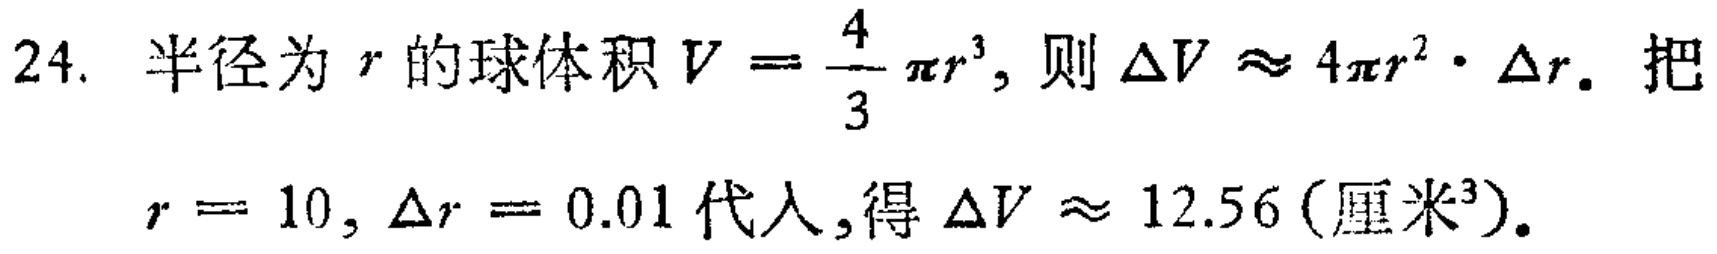
24. 半径为 \(r\) 的球体积 \(V = \frac{4}{3}\pi r^{3}\), 则 \(\Delta V \approx 4\pi r^{2} \cdot \Delta r\). 把
\(r = 10, \Delta r = 0.01\) 代入,得 \(\Delta V \approx 12.56\) (厘米\(^{3}\)).